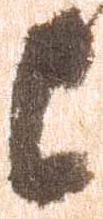
上